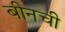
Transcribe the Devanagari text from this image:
बीनची